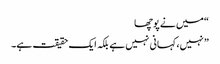
“ میں نے پوچھا
” نہیں، کہانی نہیں ہے بلکہ ایک حقیقت ہے۔